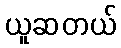
ယူဆတယ်